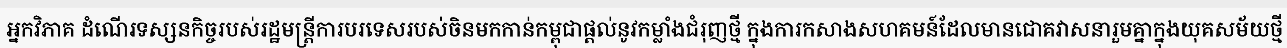
អ្នកវិភាគ ដំណើរទស្សនកិច្ចរបស់រដ្ឋមន្ត្រីការបរទេសរបស់ចិនមកកាន់កម្ពុជាផ្តល់នូវកម្លាំងជំរុញថ្មី ក្នុងការកសាងសហគមន៍ដែលមានជោគវាសនារួមគ្នាក្នុងយុគសម័យថ្មី